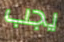
يجب